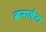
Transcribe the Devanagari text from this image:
बनालेता